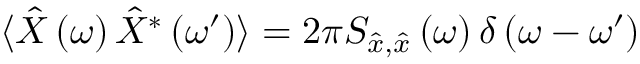
\langle \hat { X } \left( \omega \right) \hat { X } ^ { * } \left( \omega ^ { \prime } \right) \rangle = 2 \pi S _ { \hat { x } , \hat { x } } \left( \omega \right) \delta \left( \omega - \omega ^ { \prime } \right)